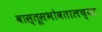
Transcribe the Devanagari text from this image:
वास्तूसभोवतालच्या